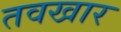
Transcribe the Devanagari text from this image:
तवखार